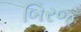
બિરજ